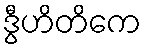
ဒွီဟိတိကေ